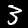
Label: 3